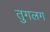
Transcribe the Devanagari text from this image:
तुगलग